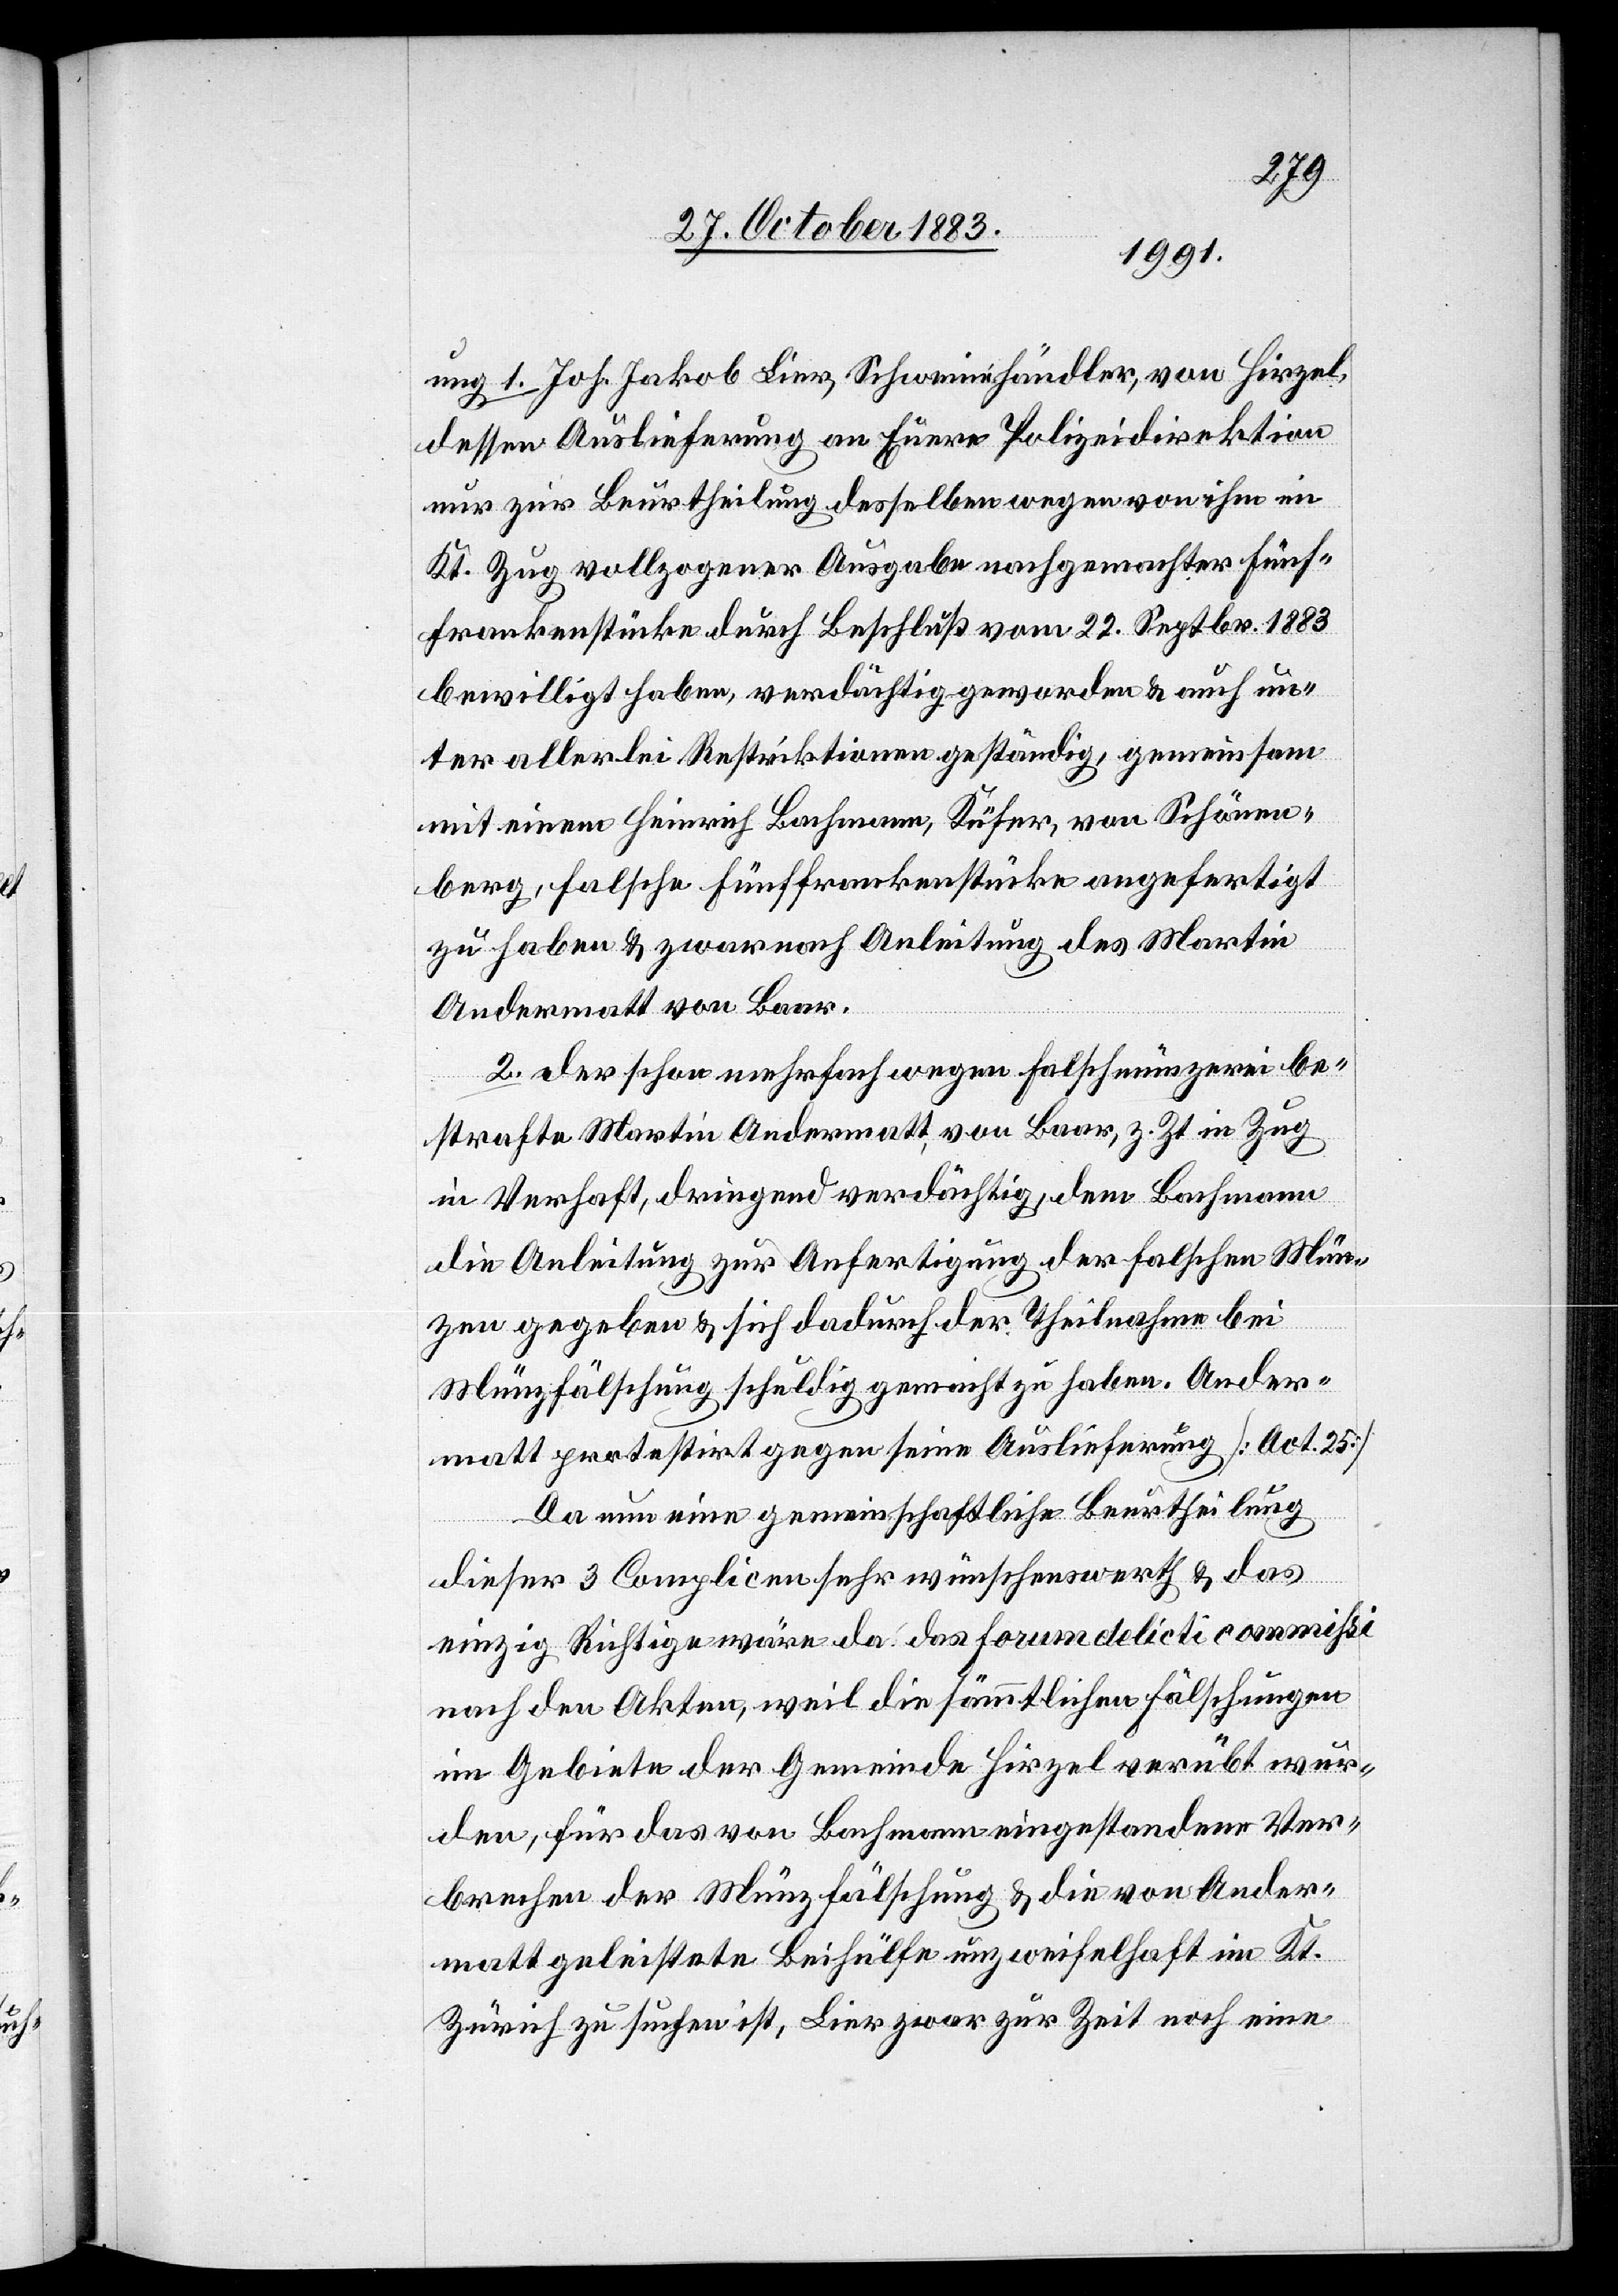
ung 1. Joh. Jakob Lier, Schweinehändler, von Hirzel,
dessen Auslieferung an Euere Polizeidirektion
nur zur Beurtheilung desselben wegen von ihm im
Kt. Zug vollzogener Ausgabe nachgemachter Fünf¬
frankenstücke durch Beschluß vom 22. Septbr. 1883
bewilligt haben, verdächtigt geworden & auch un¬
ter allerlei Restriktionen geständig, gemeinsam
mit einem Heinrich Bachmann, Küfer, von Schönen¬
berg, falsche Fünffrankenstücke angefertigt
zu haben & zwar nach Anleitung des Martin
Andermatt von Baar.
2. der schon mehrfach wegen Falschmünzerei be¬
strafte Martin Andermatt, von Baar, z. Zt. in Zug
in Verhaft, dringend verdächtigt, dem Bachmann
die Anleitung zur Anfertigung der falschen Mün¬
zen gegeben & sich dadurch der Theilnahme bei
Münzfälschung schuldig gemacht zu haben. Ander¬
matt protestire gegen seine Auslieferung [Act. 25].
Da nun eine gemeinschaftliche Beurtheilung
dieser 3 Complicen sehr wünschenswerth & das
einzig Richtige wäre da das forum delicti commißi
nach den Akten, weil die sämmtlichen Fälschungen
im Gebiete der Gemeinde Hirzel verübt wur¬
den, für das von Bachmann eingestandene Ver¬
brechen der Münzfälschung & die von Ander¬
matt geleistete Beihülfe unzweifelhaft im Kt.
Zürich zu suchen ist, Lier zwar zur Zeit noch eine